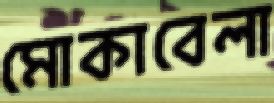
মোকাবেলা